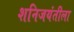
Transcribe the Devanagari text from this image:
शनिजयंतीला